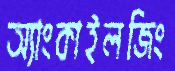
অ্যাংকাইলজিং